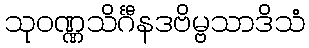
သုဝဏ္ဏသိင်္ဂီနဒဗိမ္ဗသာဒိသံ